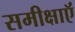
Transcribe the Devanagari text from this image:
समीक्षाऍं